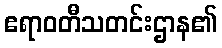
ဧရာဝတီသတင်းဌာန၏